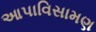
આપાવિસામણ